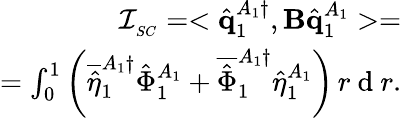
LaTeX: \begin{array}{r}{\mathcal{I}_{_{SC}}=<\hat{\mathbf{q}}_{1}^{A_{1}\dagger},\mathbf{B}\hat{\mathbf{q}}_{1}^{A_{1}}>=}\\ {=\int_{0}^{1}\left(\overline{{\hat{\eta}}}_{1}^{A_{1}\dagger}\hat{\Phi}_{1}^{A_{1}}+\overline{{\hat{\Phi}}}_{1}^{A_{1}\dagger}\hat{\eta}_{1}^{A_{1}}\right)\, r\mathrm{~d~}r.}\end{array}